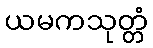
ယမကသုတ္တံ